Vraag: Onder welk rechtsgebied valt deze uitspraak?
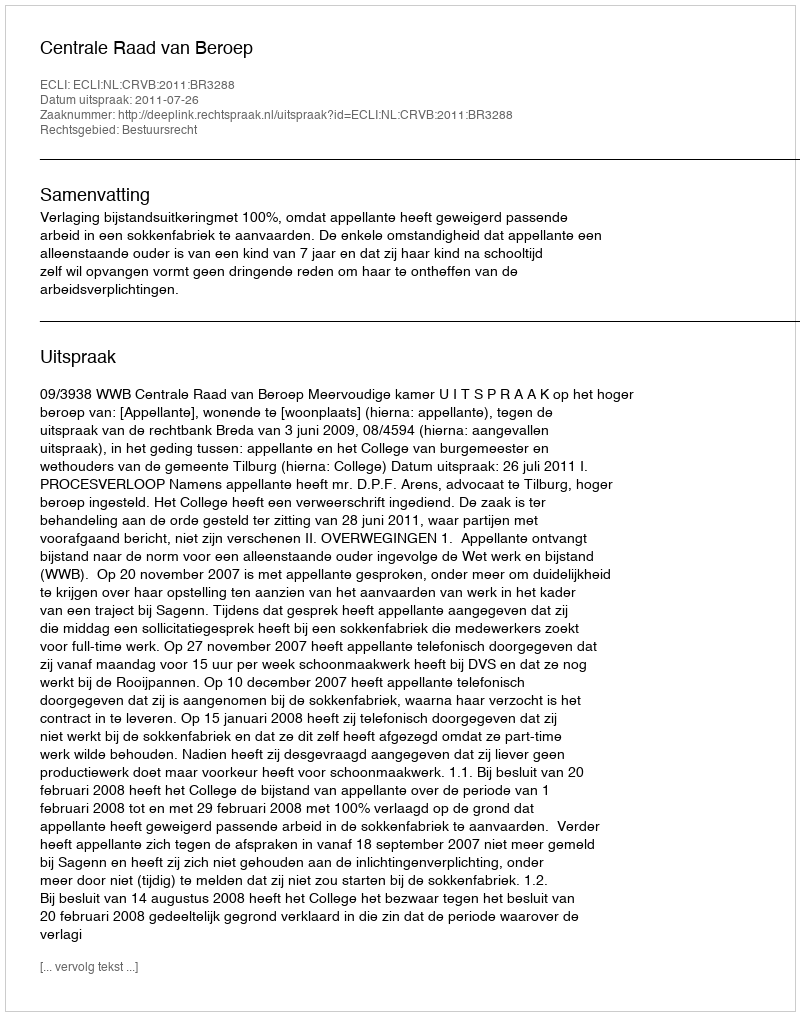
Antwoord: Bestuursrecht